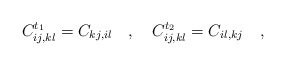
\begin{align*}C^{t_{1}}_{ij,kl} = C_{kj,il} \quad , \quad C^{t_{2}}_{ij,kl} = C_{il,kj}\quad,\end{align*}